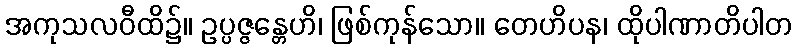
အကုသလဝီထိ၌။ ဥပ္ပဇ္ဇန္တေဟိ၊ ဖြစ်ကုန်သော။ တေဟိပန၊ ထိုပါဏာတိပါတ